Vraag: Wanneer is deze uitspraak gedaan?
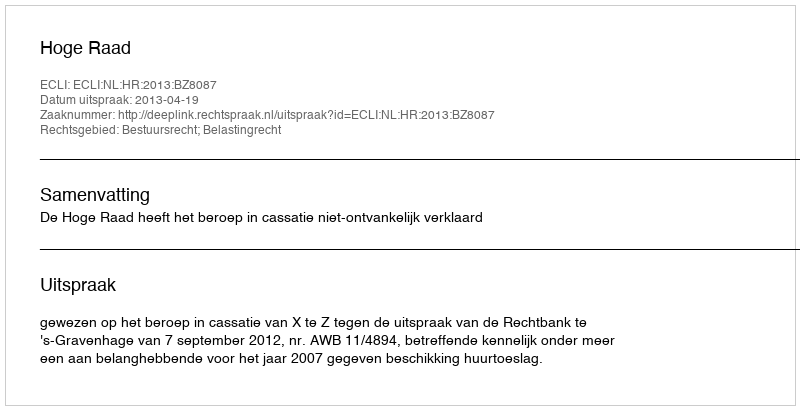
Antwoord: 2013-04-19